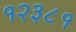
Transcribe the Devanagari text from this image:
१२३८१